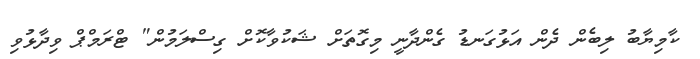
ކާމިޔާބު ލިބެން ދެން އަޅުގަނޑު ގެންދާނީ މިގޮތަށް ޝަކުވާކޮށް ގިސްލަމުން" ޓްރަމްޕް ވިދާޅުވި